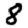
Digit: 8